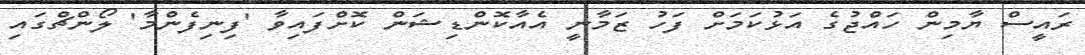
ރައީސް ޔާމިން ހައްޖުގެ އަޅުކަމަށް ފަހު ޒަމާނީ އެއާކޮންޑިޝަން ކޮށްފައިވާ 'ފިނިފެންމާ' ލޯންޗްގައި